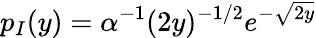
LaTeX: p_{I}(y)=\alpha^{-1}(2y)^{-1/2}e^{-\sqrt{2y}}